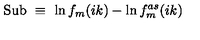
\mathrm { S u b } \ \equiv \ \ln f _ { m } ( i k ) - \ln f _ { m } ^ { a s } ( i k )